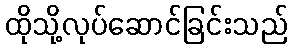
ထိုသို့လုပ်ဆောင်ခြင်းသည်